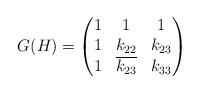
LaTeX: \begin{align*}G(H)=\begin{pmatrix}1 & 1 & 1\\1 & k_{22} & k_{23}\\1 & \overline{k_{23}} & k_{33}\end{pmatrix}\end{align*}